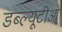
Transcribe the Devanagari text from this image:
डब्‍ल्‍यूटीओ